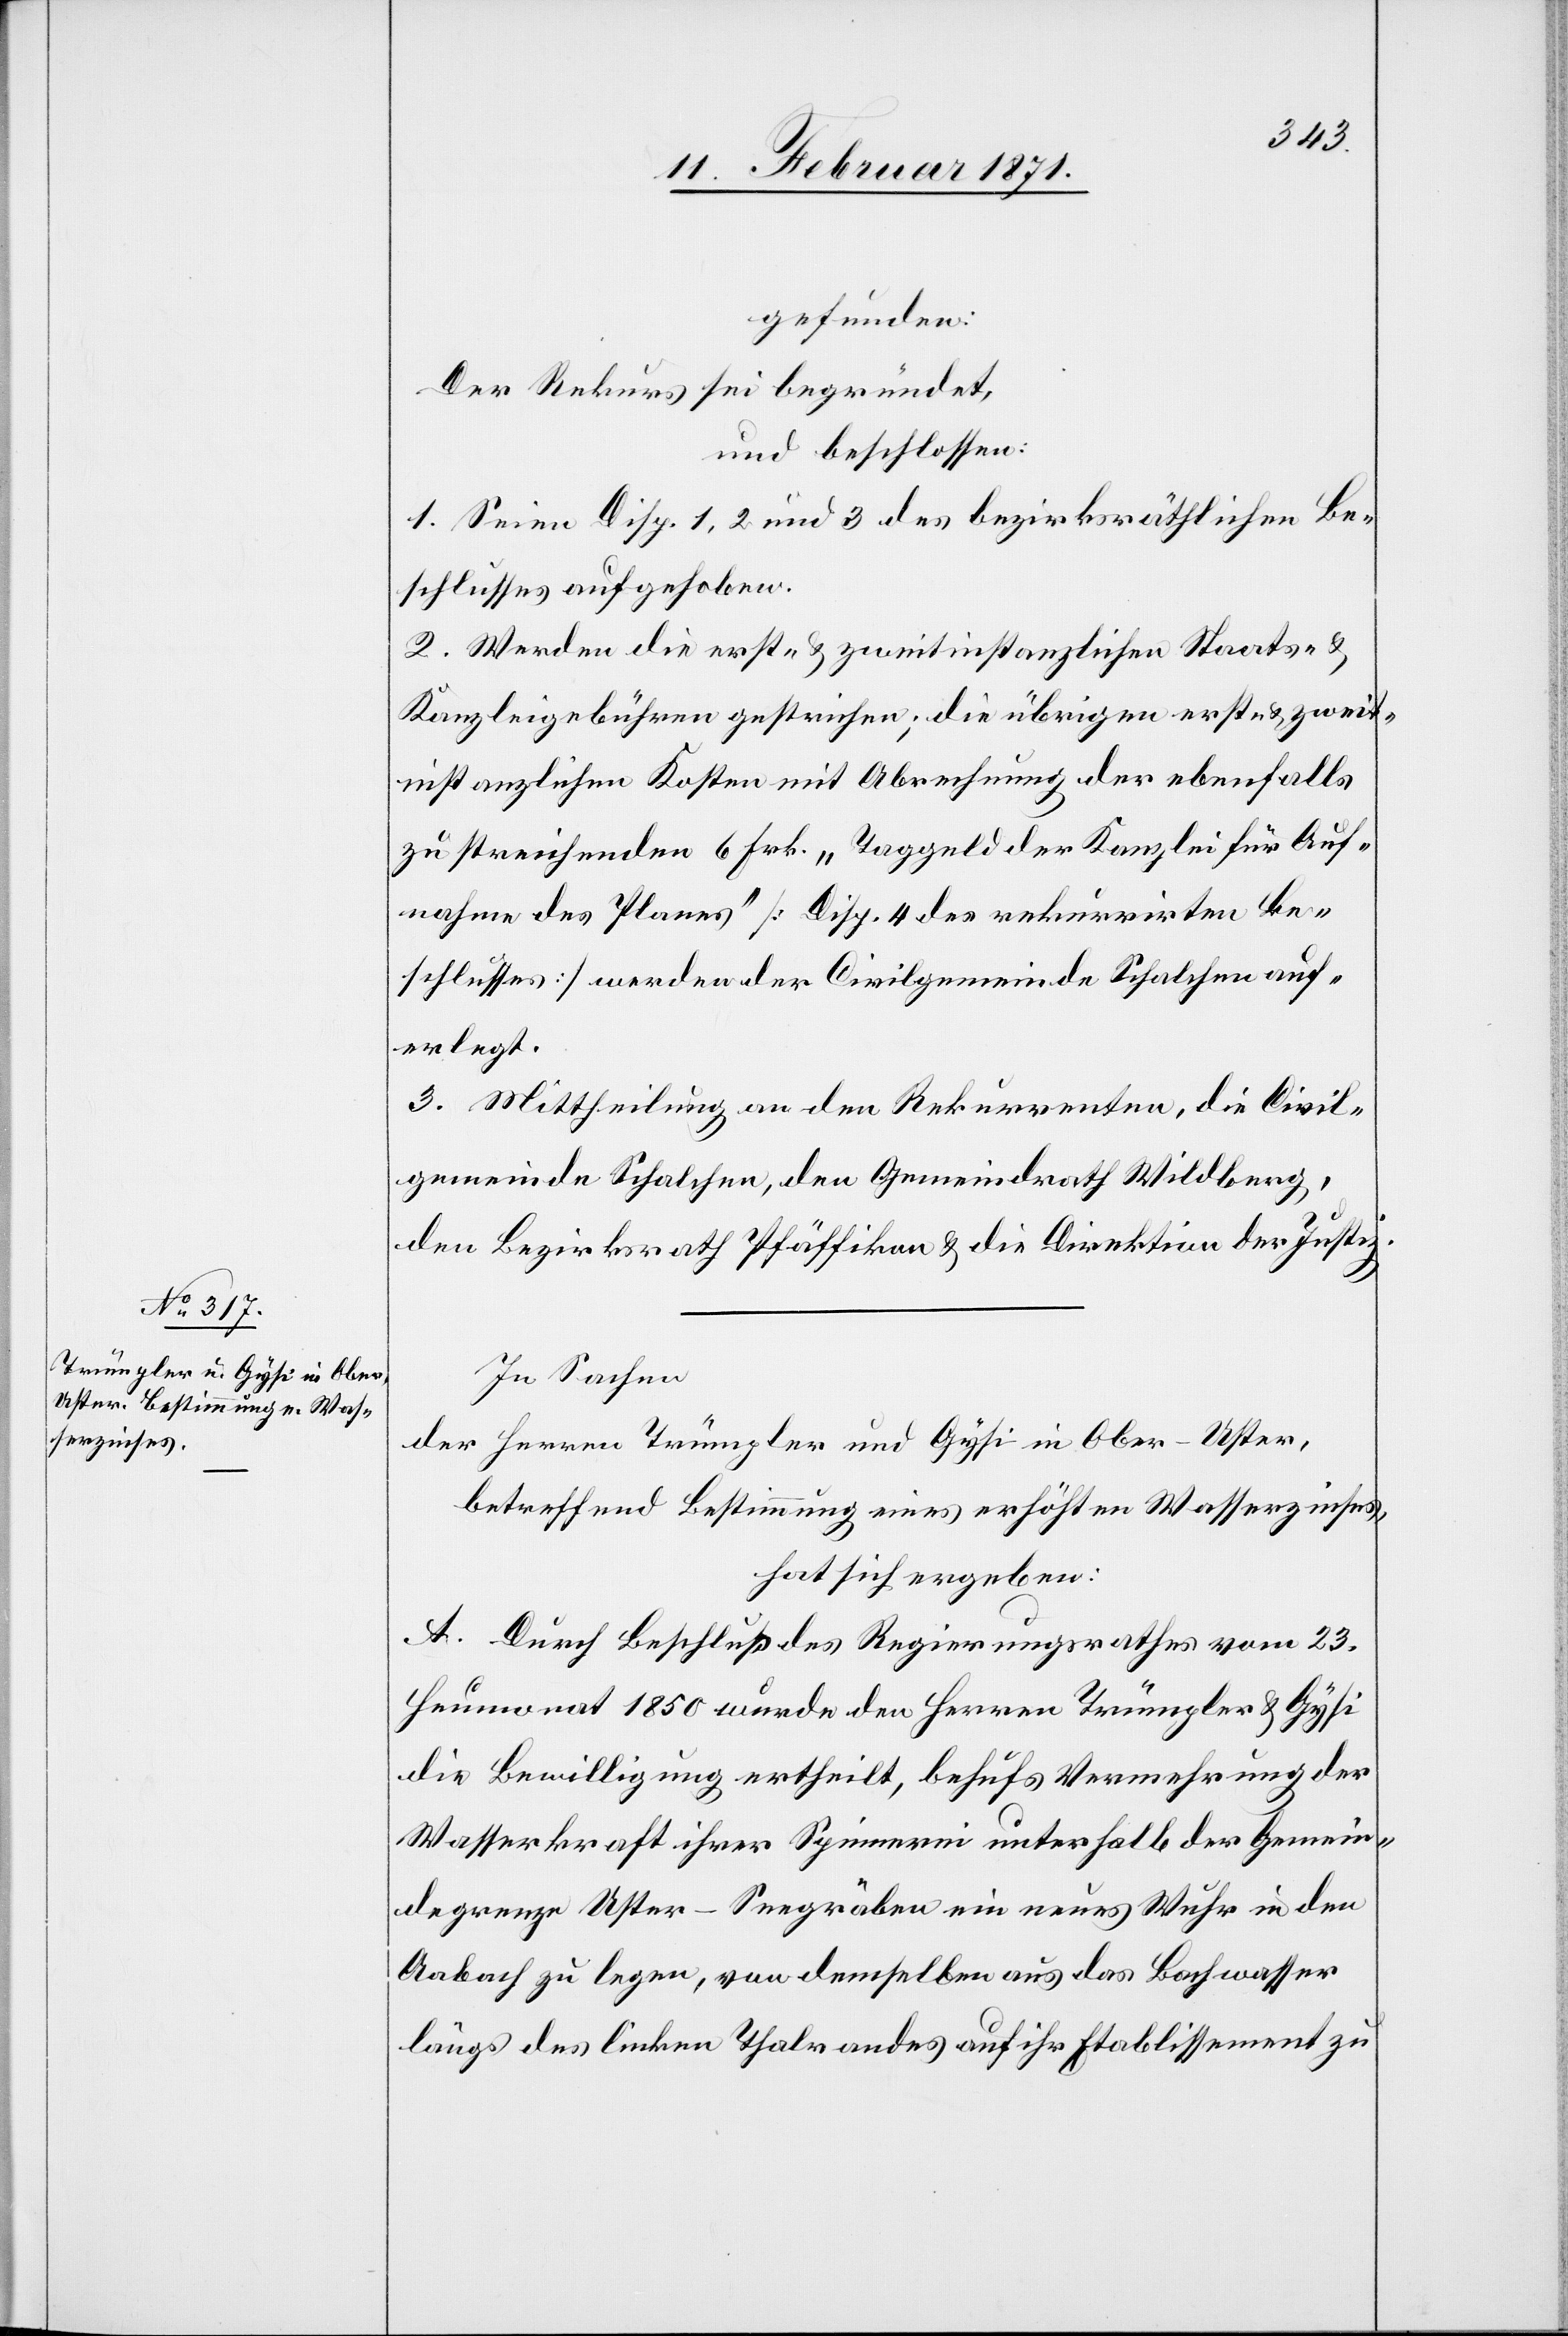
In Sachen
der Herren Trümpler und Gysi in Ober-Uster,
betreffend Bestimmung eines erhöhten Wasserzinses,
hat sich ergeben:
A. Durch Beschluß des Regierungsrathes vom 23.
Heumonat 1850 wurde den Herren Trümpler u. Gysi
die Bewilligung ertheilt, behufs Vermehrung der
Wasserkraft ihrer Spinnerei unterhalb der Gemein¬
degrenze Uster-Seegräben ein neues Wuhr in den
Aabach zu legen, von demselben aus das Bachwasser
längs des linken Thalrandes auf ihr Etablissement zu